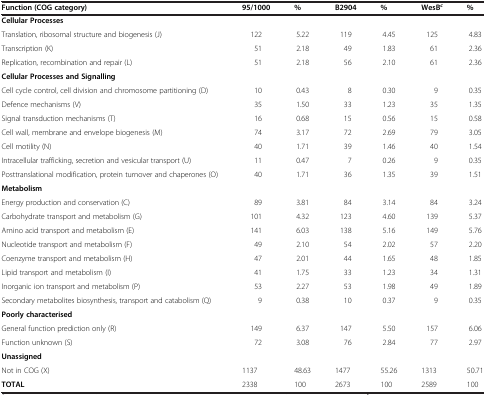
<table><thead><tr><td><b>Function (COG category)</b></td><td><b>95/1000</b></td><td><b>%</b></td><td><b>B2904</b></td><td><b>%</b></td><td><b>WesB<sup><i>c</i></sup></b></td><td><b>%</b></td></tr></thead><tbody><tr><td colspan="7"><b>Cellular Processes</b></td></tr><tr><td>Translation, ribosomal structure and biogenesis (J)</td><td>122</td><td>5.22</td><td>119</td><td>4.45</td><td>125</td><td>4.83</td></tr><tr><td>Transcription (K)</td><td>51</td><td>2.18</td><td>49</td><td>1.83</td><td>61</td><td>2.36</td></tr><tr><td>Replication, recombination and repair (L)</td><td>51</td><td>2.18</td><td>56</td><td>2.10</td><td>61</td><td>2.36</td></tr><tr><td colspan="7"><b>Cellular Processes and Signalling</b></td></tr><tr><td>Cell cycle control, cell division and chromosome partitioning (D)</td><td>10</td><td>0.43</td><td>8</td><td>0.30</td><td>9</td><td>0.35</td></tr><tr><td>Defence mechanisms (V)</td><td>35</td><td>1.50</td><td>33</td><td>1.23</td><td>35</td><td>1.35</td></tr><tr><td>Signal transduction mechanisms (T)</td><td>16</td><td>0.68</td><td>15</td><td>0.56</td><td>15</td><td>0.58</td></tr><tr><td>Cell wall, membrane and envelope biogenesis (M)</td><td>74</td><td>3.17</td><td>72</td><td>2.69</td><td>79</td><td>3.05</td></tr><tr><td>Cell motility (N)</td><td>40</td><td>1.71</td><td>39</td><td>1.46</td><td>40</td><td>1.54</td></tr><tr><td>Intracellular trafficking, secretion and vesicular transport (U)</td><td>11</td><td>0.47</td><td>7</td><td>0.26</td><td>9</td><td>0.35</td></tr><tr><td>Posttranslational modification, protein turnover and chaperones (O)</td><td>40</td><td>1.71</td><td>36</td><td>1.35</td><td>39</td><td>1.51</td></tr><tr><td colspan="7"><b>Metabolism</b></td></tr><tr><td>Energy production and conservation (C)</td><td>89</td><td>3.81</td><td>84</td><td>3.14</td><td>84</td><td>3.24</td></tr><tr><td>Carbohydrate transport and metabolism (G)</td><td>101</td><td>4.32</td><td>123</td><td>4.60</td><td>139</td><td>5.37</td></tr><tr><td>Amino acid transport and metabolism (E)</td><td>141</td><td>6.03</td><td>138</td><td>5.16</td><td>149</td><td>5.76</td></tr><tr><td>Nucleotide transport and metabolism (F)</td><td>49</td><td>2.10</td><td>54</td><td>2.02</td><td>57</td><td>2.20</td></tr><tr><td>Coenzyme transport and metabolism (H)</td><td>47</td><td>2.01</td><td>44</td><td>1.65</td><td>48</td><td>1.85</td></tr><tr><td>Lipid transport and metabolism (I)</td><td>41</td><td>1.75</td><td>33</td><td>1.23</td><td>34</td><td>1.31</td></tr><tr><td>Inorganic ion transport and metabolism (P)</td><td>53</td><td>2.27</td><td>53</td><td>1.98</td><td>49</td><td>1.89</td></tr><tr><td>Secondary metabolites biosynthesis, transport and catabolism (Q)</td><td>9</td><td>0.38</td><td>10</td><td>0.37</td><td>9</td><td>0.35</td></tr><tr><td colspan="7"><b>Poorly characterised</b></td></tr><tr><td>General function prediction only (R)</td><td>149</td><td>6.37</td><td>147</td><td>5.50</td><td>157</td><td>6.06</td></tr><tr><td>Function unknown (S)</td><td>72</td><td>3.08</td><td>76</td><td>2.84</td><td>77</td><td>2.97</td></tr><tr><td colspan="7"><b>Unassigned</b></td></tr><tr><td>Not in COG (X)</td><td>1137</td><td>48.63</td><td>1477</td><td>55.26</td><td>1313</td><td>50.71</td></tr><tr><td><b>TOTAL</b></td><td>2338</td><td>100</td><td>2673</td><td>100</td><td>2589</td><td>100</td></tr></tbody></table>